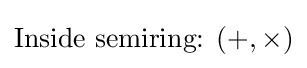
{\text{Inside semiring: }}(+,\times )